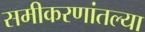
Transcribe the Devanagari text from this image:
समीकरणांतल्या